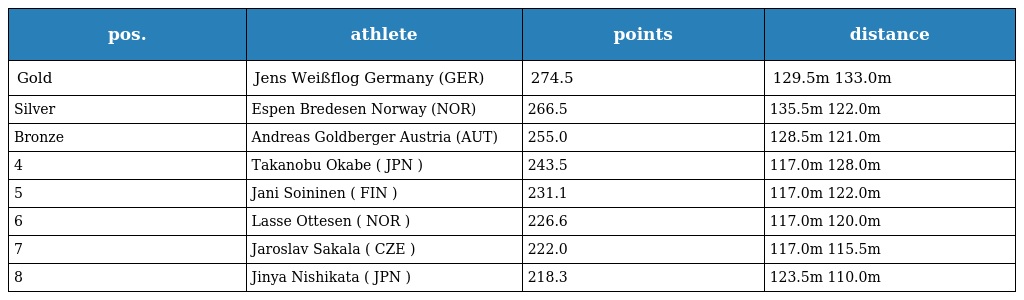
| pos. | athlete | points | distance |
 | --- | --- | --- | --- |
 | Gold | Jens Weißflog Germany (GER) | 274.5 | 129.5m 133.0m |
 | Silver | Espen Bredesen Norway (NOR) | 266.5 | 135.5m 122.0m |
 | Bronze | Andreas Goldberger Austria (AUT) | 255.0 | 128.5m 121.0m |
 | 4 | Takanobu Okabe ( JPN ) | 243.5 | 117.0m 128.0m |
 | 5 | Jani Soininen ( FIN ) | 231.1 | 117.0m 122.0m |
 | 6 | Lasse Ottesen ( NOR ) | 226.6 | 117.0m 120.0m |
 | 7 | Jaroslav Sakala ( CZE ) | 222.0 | 117.0m 115.5m |
 | 8 | Jinya Nishikata ( JPN ) | 218.3 | 123.5m 110.0m |